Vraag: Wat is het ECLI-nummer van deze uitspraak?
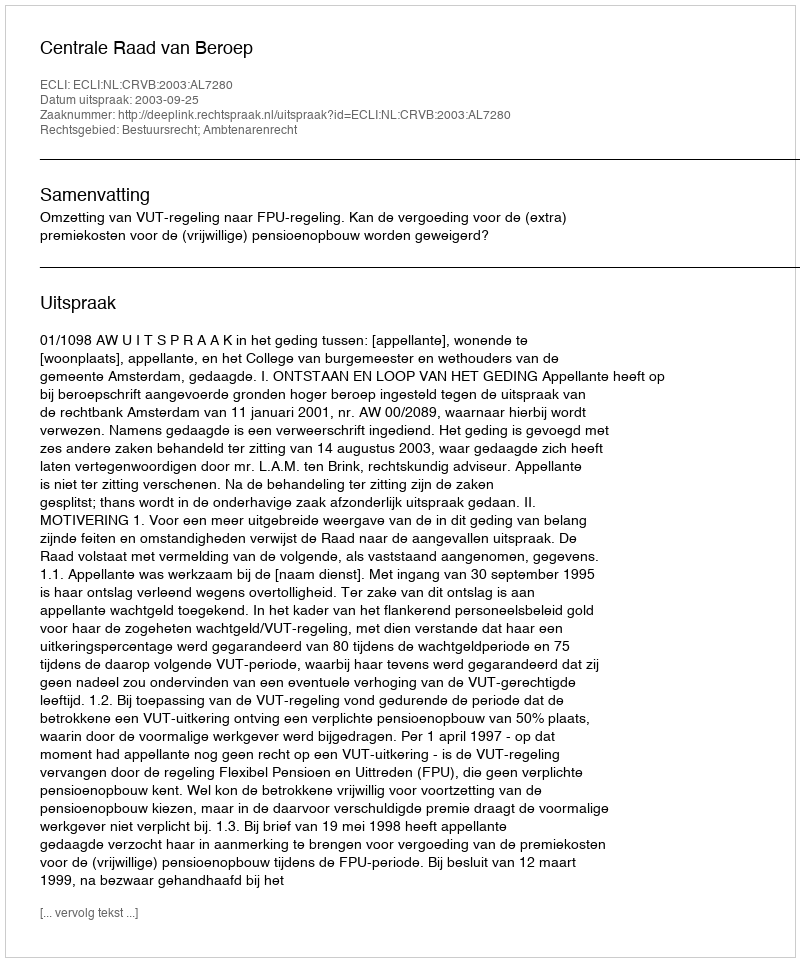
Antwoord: ECLI:NL:CRVB:2003:AL7280